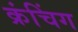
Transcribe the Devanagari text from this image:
क्रंचिंग